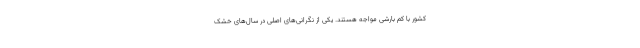
کشور با کم بارشی مواجه هستند. یکی از نگرانی‌های اصلی در سال‌های خشک